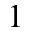
^ { 1 }